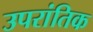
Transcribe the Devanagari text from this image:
उपरांतिक